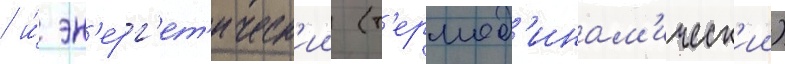
/ и́ эн'ерг'ет'ическ'ии (т'ермод'инам'ическ'ии)